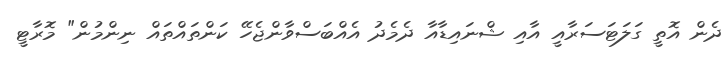
ދެން އޮތީ ގަލަޓަސަރާއީ އާއި ޝްނައިޑާއާ ދެމެދު އެއްބަސްވާންޖެހޭ ކަންތައްތައް ނިންމުން" މޮރާޓީ